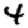
Digit: 4